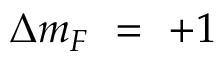
\Delta m _ { F } ~ = ~ + 1